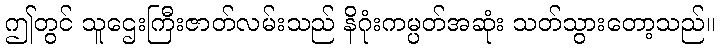
ဤတွင် သူဌေးကြီးဇာတ်လမ်းသည် နိဂုံးကမ္ပတ်အဆုံး သတ်သွားတော့သည်။